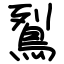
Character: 鴷